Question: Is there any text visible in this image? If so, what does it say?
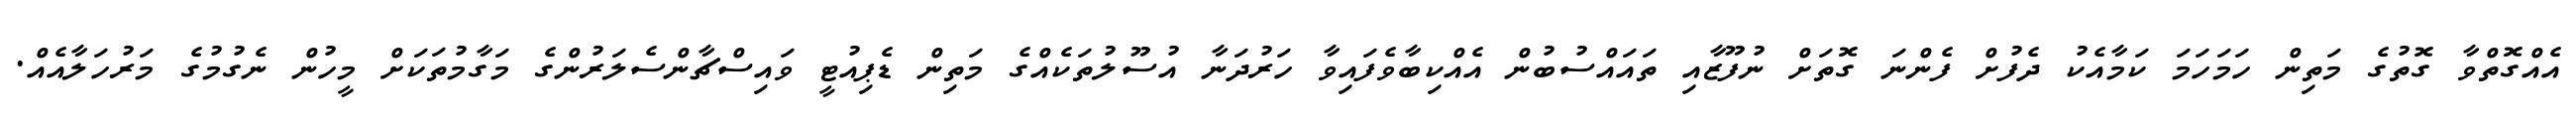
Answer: އެއްގޮތްވާ ގޮތުގެ މަތިން ހަމަހަމަ ކަމާއެކު ދެފުށް ފެންނަ ގޮތަށް ނުފޫޒާއި ތައައްސުބުން އެއްކިބާވެފައިވާ ހަރުދަނާ އުސޫލުތަކެއްގެ މަތިން ޑެޕިއުޓީ ވައިސްޗާންސެލަރުންގެ މަގާމުތަކަށް މީހުން ނެގުމުގެ މަރުހަލާއެއް.